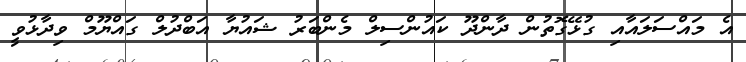
އެ މައްސަލައާއި ގުޅޭގޮތުން ދާންދޫ ކައުންސިލް މެންބަރު ޝައުޔާ އަބްދުލް ގައްޔޫމް ވިދާޅުވީ